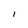
Character: I